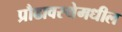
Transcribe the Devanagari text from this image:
प्रौढावस्थेमधील